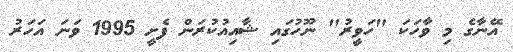
އޭނާގެ މި ވާހަކަ "ހަވީރު" ނޫހުގައި ޝާއިއުކުރަން ފެށީ 1995 ވަނަ އަހަރު